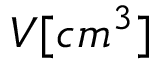
V [ c m ^ { 3 } ]